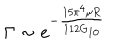
LaTeX: \Gamma \sim e ^ { - \frac { 1 5 \pi ^ { 4 } \mu R } { 1 1 2 G _ { 1 0 } } }